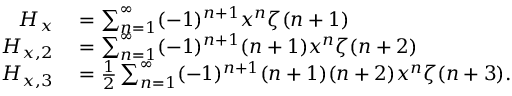
\begin{array} { r l } { H _ { x } } & { { } = \sum _ { n = 1 } ^ { \infty } ( - 1 ) ^ { n + 1 } x ^ { n } \zeta ( n + 1 ) } \\ { H _ { x , 2 } } & { { } = \sum _ { n = 1 } ^ { \infty } ( - 1 ) ^ { n + 1 } ( n + 1 ) x ^ { n } \zeta ( n + 2 ) } \\ { H _ { x , 3 } } & { { } = { \frac { 1 } { 2 } } \sum _ { n = 1 } ^ { \infty } ( - 1 ) ^ { n + 1 } ( n + 1 ) ( n + 2 ) x ^ { n } \zeta ( n + 3 ) . } \end{array}